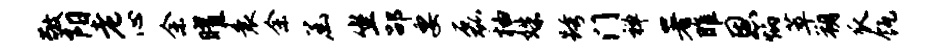
敬阳老心余曜衰余函坐劭要磊柚姝跨门禅署雎恩炳萃朔瓜瓴